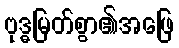
ဗုဒ္ဓမြတ်စွာ၏အဖြေ